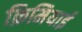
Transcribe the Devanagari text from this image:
क्रिमियाई